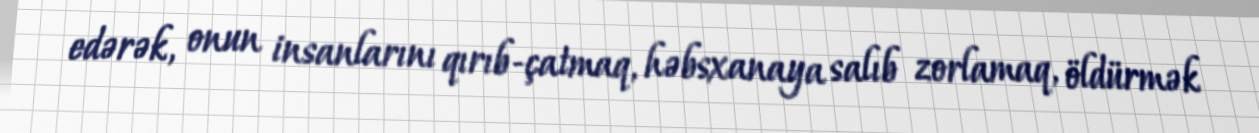
edərək, onun insanlarını qırıb-çatmaq, həbsxanaya salıb zorlamaq, öldürmək